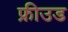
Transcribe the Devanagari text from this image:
फ्रीउड